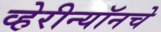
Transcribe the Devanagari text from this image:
व्हेरीन्यॉनचे